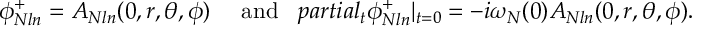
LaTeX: \phi _ { N l n } ^ { + } = A _ { N l n } ( 0 , r , \theta , \phi ) \ \ \ \ \mathrm { a n d } \ \ \, p a r t i a l _ { t } \phi _ { N l n } ^ { + } | _ { t = 0 } = - i \omega _ { N } ( 0 ) A _ { N l n } ( 0 , r , \theta , \phi ) .